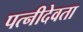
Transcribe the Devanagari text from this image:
पत्नीदेवता